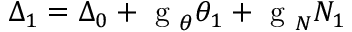
\Delta _ { 1 } = \Delta _ { 0 } + \mathrm { ~ g ~ } _ { \theta } \theta _ { 1 } + \mathrm { ~ g ~ } _ { N } N _ { 1 }